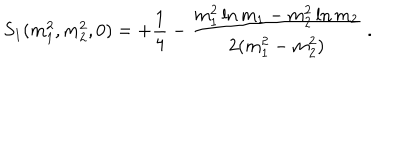
S _ { 1 } ( m _ { 1 } ^ { 2 } , m _ { 2 } ^ { 2 } , 0 ) = + \frac { 1 } { 4 } - \frac { m _ { 1 } ^ { 2 } \ln { m _ { 1 } } - m _ { 2 } ^ { 2 } \ln { m _ { 2 } } } { 2 ( m _ { 1 } ^ { 2 } - m _ { 2 } ^ { 2 } ) } \ .